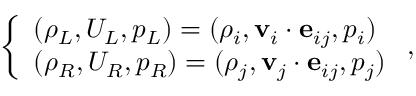
\left\{ \begin{array} { l l } { ( \rho _ { L } , U _ { L } , p _ { L } ) = ( \rho _ { i } , \mathbf { v } _ { i } \cdot \mathbf { e } _ { i j } , p _ { i } ) } \\ { ( \rho _ { R } , U _ { R } , p _ { R } ) = ( \rho _ { j } , \mathbf { v } _ { j } \cdot \mathbf { e } _ { i j } , p _ { j } ) } \end{array} \right. ,